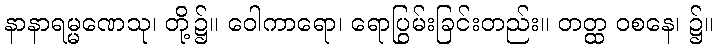
နာနာရမ္မဏေသု၊ တို့၌။ ဝေါကာရော၊ ရောပြွမ်းခြင်းတည်း။ တတ္ထ ဝစနေ၊ ၌။